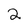
Character: 2